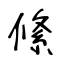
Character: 絛